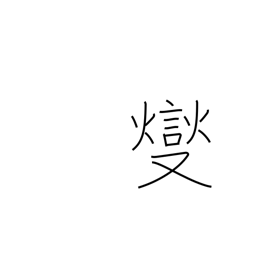
Meaning: boil over low heat